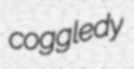
coggledy